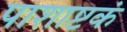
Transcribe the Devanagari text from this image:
पाशाष्टकं